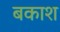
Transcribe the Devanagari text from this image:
बकाश